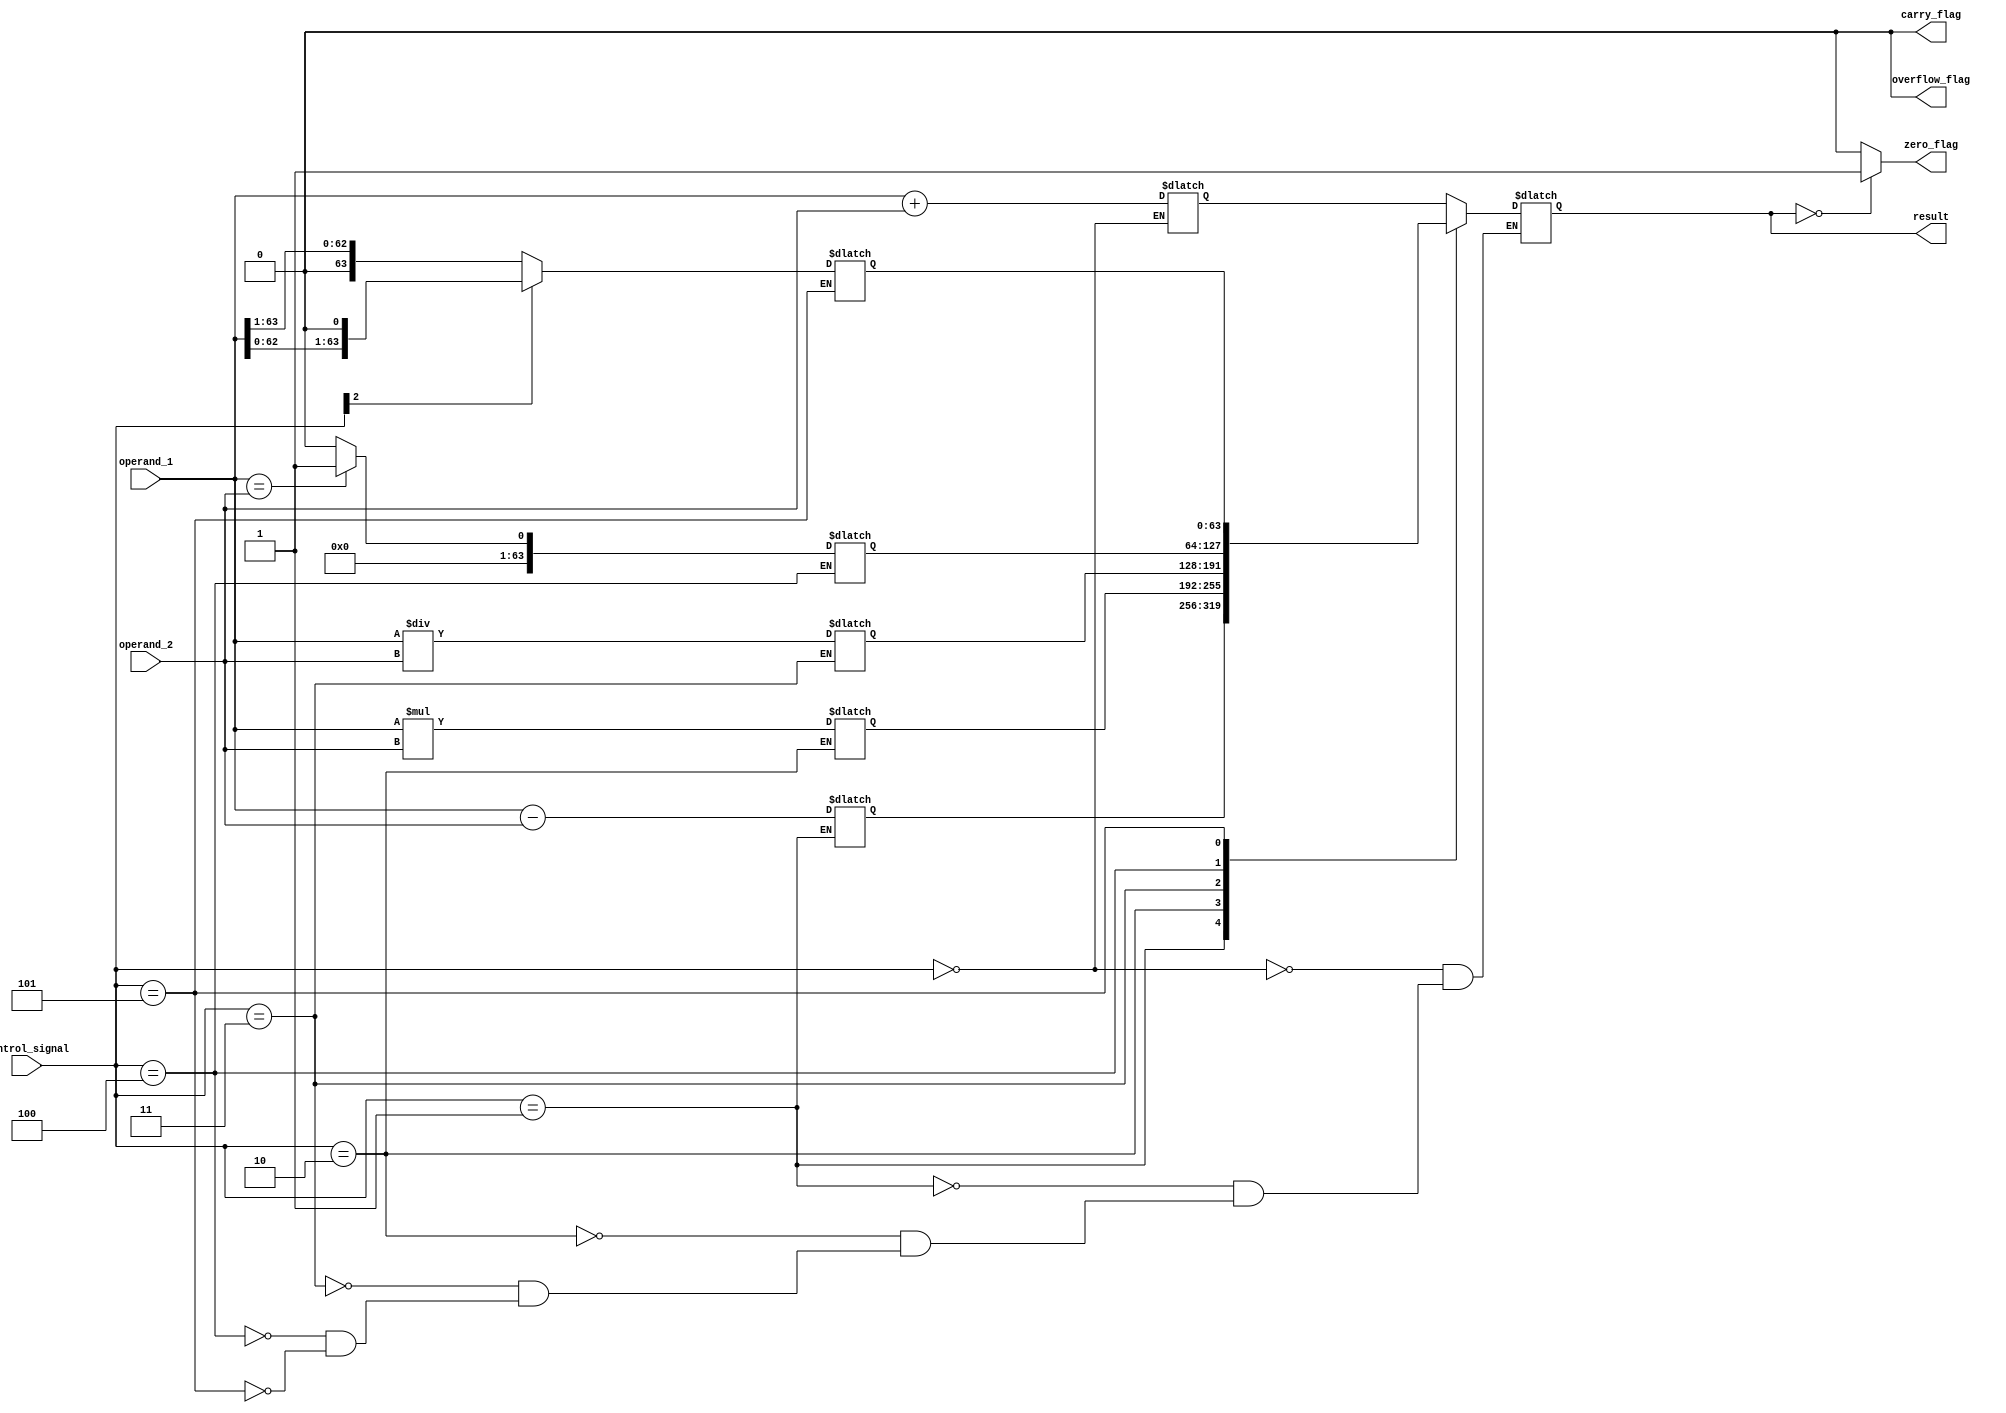
module ALU(input [63:0] operand_1, operand_2,
           input [2:0] control_signal,
           output reg [63:0] result,
           output reg carry_flag, overflow_flag, zero_flag);

   // Declare internal signals for ALU functional blocks
   reg [63:0] adder_output, subtractor_output, multiplier_output, divider_output, comparator_output, shifter_output;

   always @(*) begin
      // Perform operations based on control signal
      case(control_signal)
         3'b000: adder_output = operand_1 + operand_2; // Addition
         3'b001: subtractor_output = operand_1 - operand_2; // Subtraction
         3'b010: multiplier_output = operand_1 * operand_2; // Multiplication
         3'b011: divider_output = operand_1 / operand_2; // Division
         3'b100: comparator_output = (operand_1 == operand_2) ? 1 : 0; // Comparison
         3'b101: shifter_output = (control_signal[2]) ? (operand_1 << 1) : (operand_1 >> 1); // Left/right shift
         default: $display("Invalid control signal");
      endcase
   end

   // Assign result based on control signal
   always @* begin
      case(control_signal)
         3'b000: result = adder_output;
         3'b001: result = subtractor_output;
         3'b010: result = multiplier_output;
         3'b011: result = divider_output;
         3'b100: result = comparator_output;
         3'b101: result = shifter_output;
         default: $display("Invalid control signal");
      endcase
   end

   // Set status flags
   always @* begin
      carry_flag = (adder_output[64] == 1) ? 1 : 0; // Check carry bit for addition
      overflow_flag = (subtractor_output[64] == 1) ? 1 : 0; // Check overflow bit for subtraction
      zero_flag = (result == 0) ? 1 : 0; // Check if result is zero
   end

endmodule